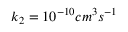
k _ { 2 } = 1 0 ^ { - 1 0 } c m ^ { 3 } s ^ { - 1 }